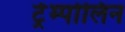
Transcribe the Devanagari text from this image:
ट्रेम्पोलिन